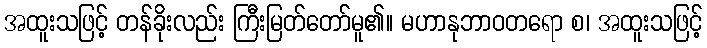
အထူးသဖြင့် တန်ခိုးလည်း ကြီးမြတ်တော်မူ၏။ မဟာနုဘာဝတရော စ၊ အထူးသဖြင့်